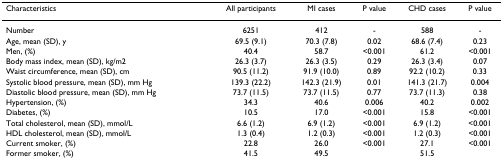
| Characteristics | All participants | MI cases | P value | CHD cases | P value |
 | --- | --- | --- | --- | --- | --- |
 | Number | 6251 | 412 | - | 588 | - |
 | Age, mean (SD), y | 69.5 (9.1) | 70.3 (7.8) | 0.02 | 68.6 (7.4) | 0.23 |
 | Men, (%) | 40.4 | 58.7 | <0.001 | 61.2 | <0.001 |
 | Body mass index, mean (SD), kg/m2 | 26.3 (3.7) | 26.3 (3.5) | 0.29 | 26.3 (3.4) | 0.07 |
 | Waist circumference, mean (SD), cm | 90.5 (11.2) | 91.9 (10.0) | 0.89 | 92.2 (10.2) | 0.33 |
 | Systolic blood pressure, mean (SD), mm Hg | 139.3 (22.2) | 142.3 (21.9) | 0.01 | 141.3 (21.7) | 0.004 |
 | Diastolic blood pressure, mean (SD), mm Hg | 73.7 (11.5) | 73.7 (11.5) | 0.77 | 73.7 (11.3) | 0.38 |
 | Hypertension, (%) | 34.3 | 40.6 | 0.006 | 40.2 | 0.002 |
 | Diabetes, (%) | 10.5 | 17.0 | <0.001 | 15.8 | <0.001 |
 | Total cholesterol, mean (SD), mmol/L | 6.6 (1.2) | 6.9 (1.2) | <0.001 | 6.9 (1.2) | <0.001 |
 | HDL cholesterol, mean (SD), mmol/L | 1.3 (0.4) | 1.2 (0.3) | <0.001 | 1.2 (0.3) | <0.001 |
 | Current smoker, (%) | 22.8 | 26.0 | <0.001 | 27.1 | <0.001 |
 | Former smoker, (%) | 41.5 | 49.5 |  | 51.5 |  |